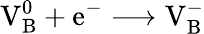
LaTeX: \mathrm{V_{B}^{0}+e^{-}\longrightarrow V_{B}^{-}}